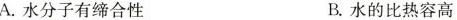
A.水分子有缔合性 B.水的比热容高